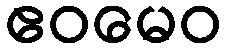
ဧဝမေဝ